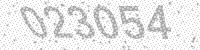
Solution: 023054